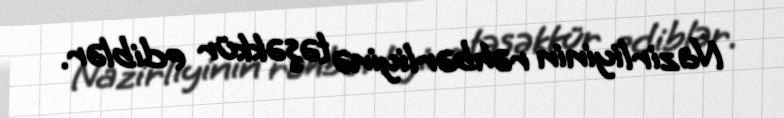
Nazirliyinin rəhbərliyinə təşəkkür ediblər.